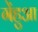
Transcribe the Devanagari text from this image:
गेंहुआ